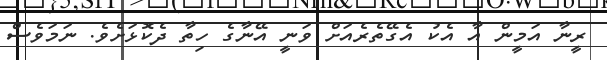
ރީނާ އަމީން އާ އެކު އެގޭތެރެއަށް ވަނީ އޭނާގެ ހިތާ ދެކޮޅަށެވެ. ނަމަވެސް